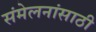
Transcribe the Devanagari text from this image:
संमेलनांसाठी